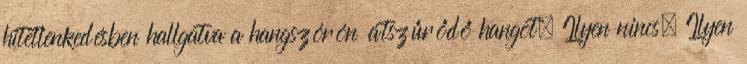
hitetlenkedésben hallgatva a hangszórón átszűrődő hangot. Ilyen nincs. Ilyen